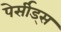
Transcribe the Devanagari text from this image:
पेर्सीड्स